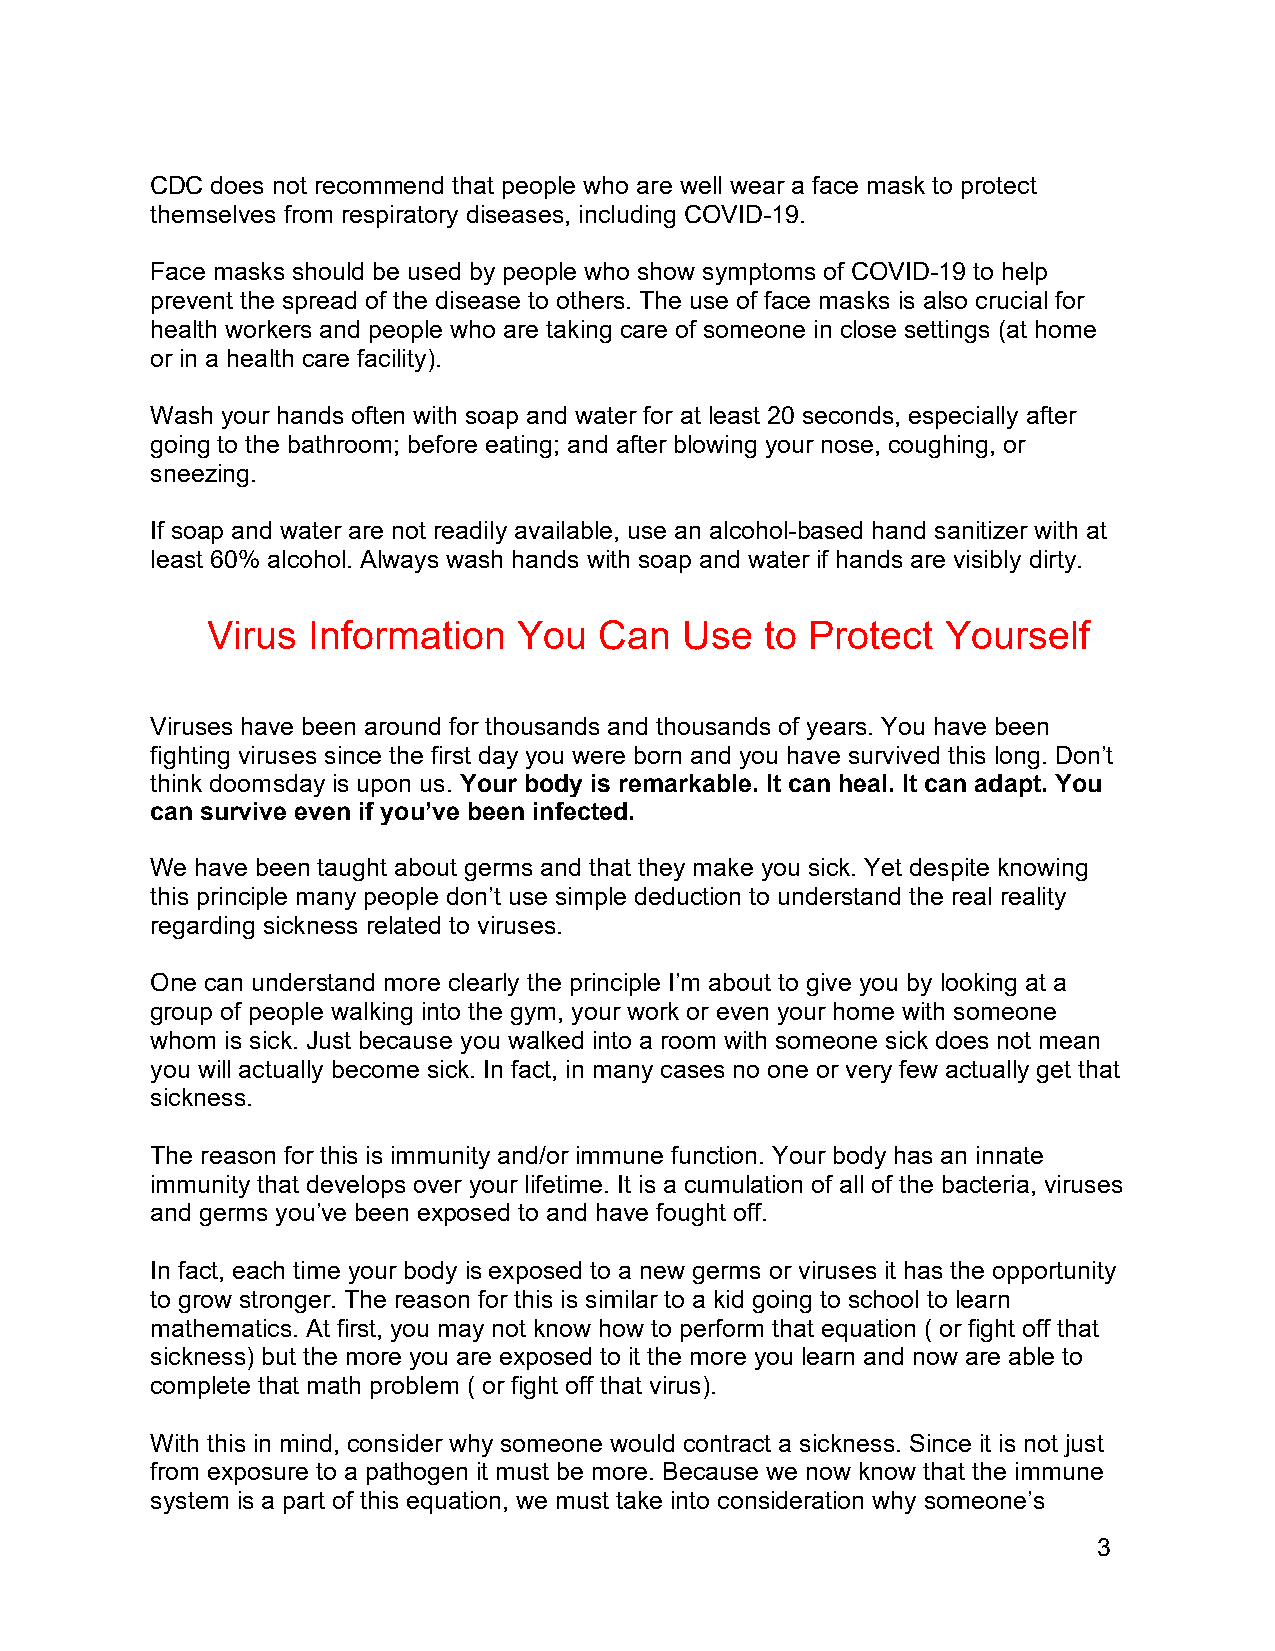
CDC does not recommend that people who are well wear a face mask to protect
 themselves from respiratory diseases, including COVID-19.
 Face masks should be used by people who show symptoms of COVID-19 to help
 prevent the spread of the disease to others. The use of face masks is also crucial for
 health workers and people who are taking care of someone in close settings (at home
 or in a health care facility).
 Wash your hands often with soap and water for at least 20 seconds, especially after
 going to the bathroom; before eating; and after blowing your nose, coughing, or
 sneezing.
 If soap and water are not readily available, use an alcohol-based hand sanitizer with at
 least 60% alcohol. Always wash hands with soap and water if hands are visibly dirty.
 Virus Information   You   Can  Use   to Protect  Yourself
 Viruses have been around for thousands and thousands of years. You have been
 fighting viruses since the first day you were born and you have survived this long. Don’t
 think doomsday is upon us. Your body is remarkable. It can heal. It can adapt. You
 can survive even if you’ve been infected.
 We have been taught about germs and that they make you sick. Yet despite knowing
 this principle many people don’t use simple deduction to understand the real reality
 regarding sickness related to viruses.
 One can understand more clearly the principle I’m about to give you by looking at a
 group of people walking into the gym, your work or even your home with someone
 whom is sick. Just because you walked into a room with someone sick does not mean
 you will actually become sick. In fact, in many cases no one or very few actually get that
 sickness.
 The reason for this is immunity and/or immune function. Your body has an innate
 immunity that develops over your lifetime. It is a cumulation of all of the bacteria, viruses
 and germs you’ve been exposed to and have fought off.
 In fact, each time your body is exposed to a new germs or viruses it has the opportunity
 to grow stronger. The reason for this is similar to a kid going to school to learn
 mathematics. At first, you may not know how to perform that equation ( or fight off that
 sickness) but the more you are exposed to it the more you learn and now are able to
 complete that math problem ( or fight off that virus).
 With this in mind, consider why someone would contract a sickness. Since it is not just
 from exposure to a pathogen it must be more. Because we now know that the immune
 system is a part of this equation, we must take into consideration why someone’s
 3